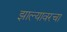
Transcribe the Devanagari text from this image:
झाल्यावरचा